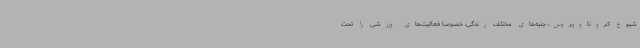
شیوع کروناویروس، جنبه‌های مختلف زندگی، خصوصا فعالیت‌های ورزشی را تحت